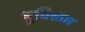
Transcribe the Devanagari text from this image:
भूविस्तार